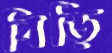
বিড়ি